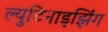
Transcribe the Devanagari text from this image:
ल्युटिनाइझिंग